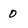
Character: 0